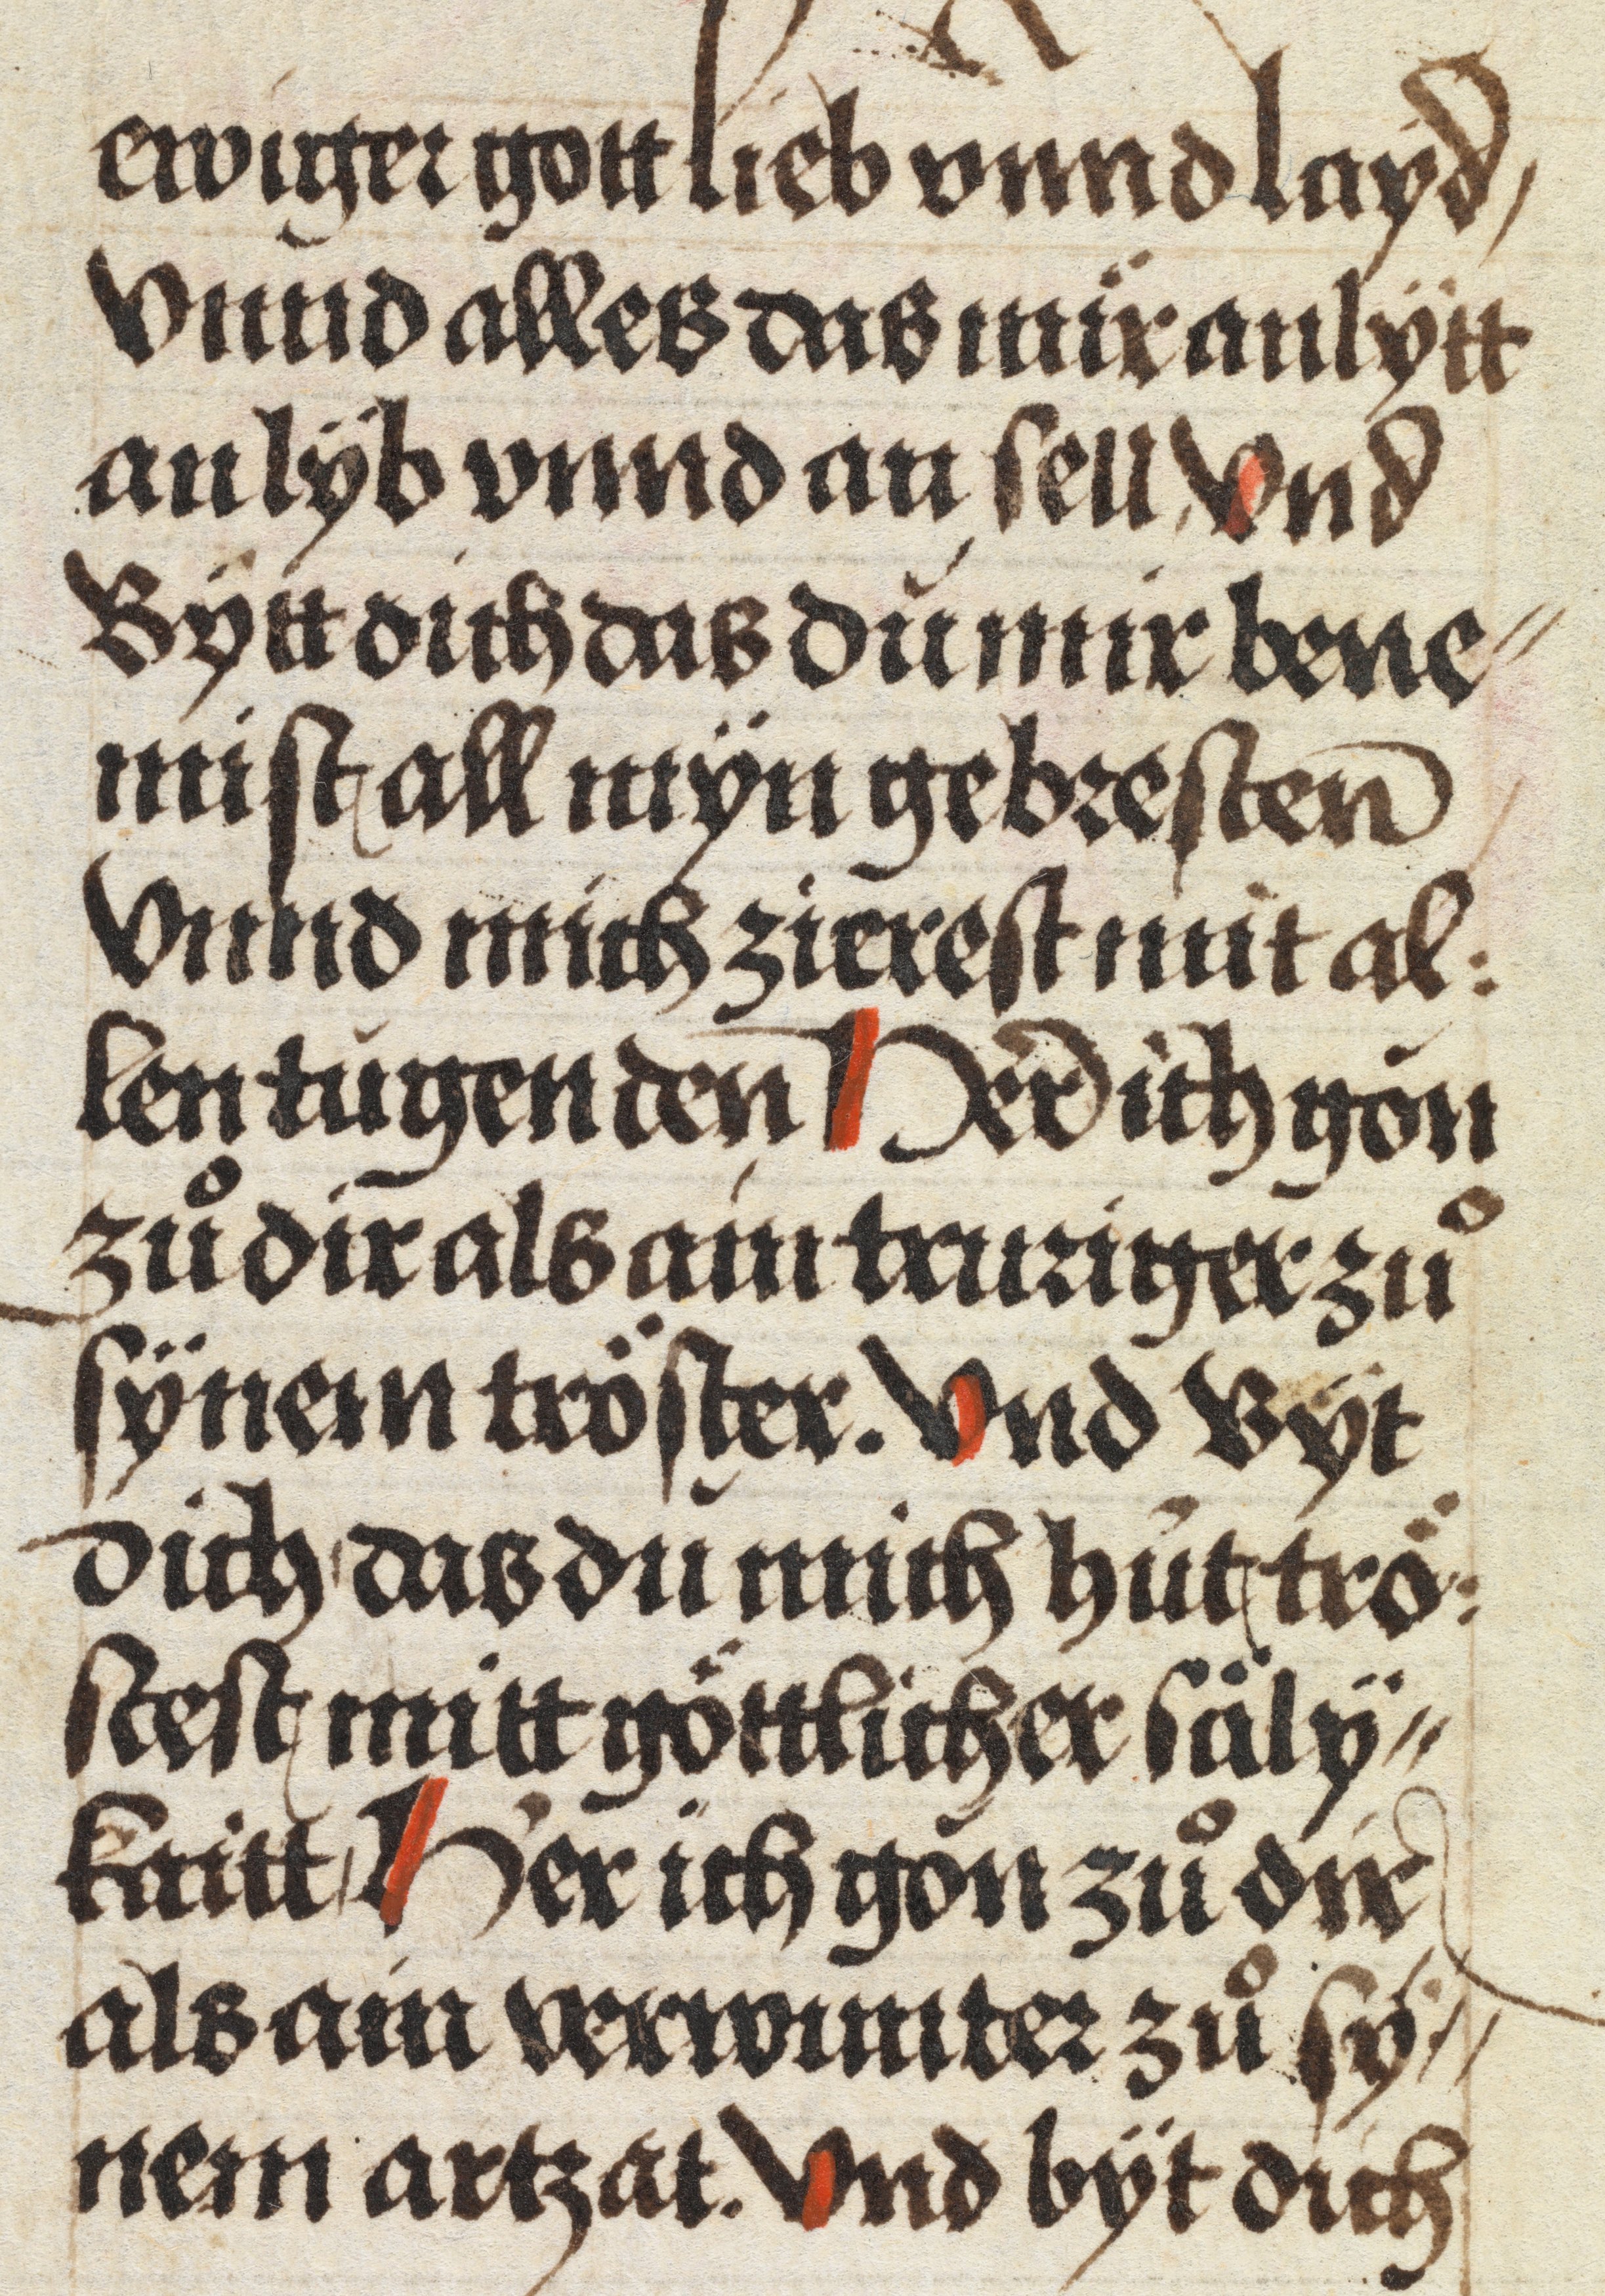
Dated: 1484–1485